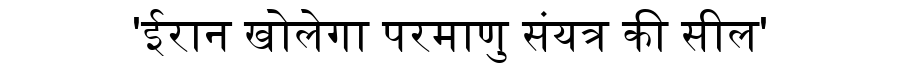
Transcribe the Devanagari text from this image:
'ईरान खोलेगा परमाणु संयत्र की सील'